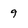
Character: 9